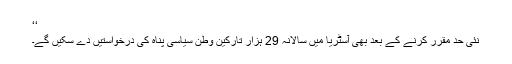
‘‘
نئی حد مقرر کرنے کے بعد بھی آسٹریا میں سالانہ 29 ہزار تارکین وطن سیاسی پناہ کی درخواستیں دے سکیں گے۔